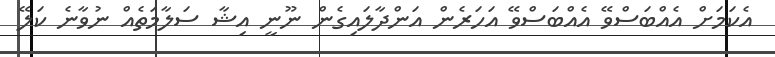
އެކަމަށް އެއްބަސްވޭ އެއްބަސްވޭ އަހަރެން އަންދާލައިގެން ނޫނީ އިޝާ ސަލާމަތެއް ނުވާނެ ކަލޭ